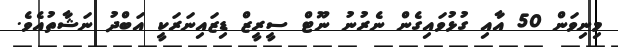
މިނިވަން 50 އާއި ގުޅުވައިގެން ނެރުނު ނޫޓް ސީރީޒް ޑިޒައިނަރަކީ އަބްދު ނަޝާތުއެވެ.